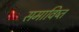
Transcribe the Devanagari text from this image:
समाविष्त